Report of the Indian Hemp Drugs Commission, 1894-1895 - Volume V
Year: 1894
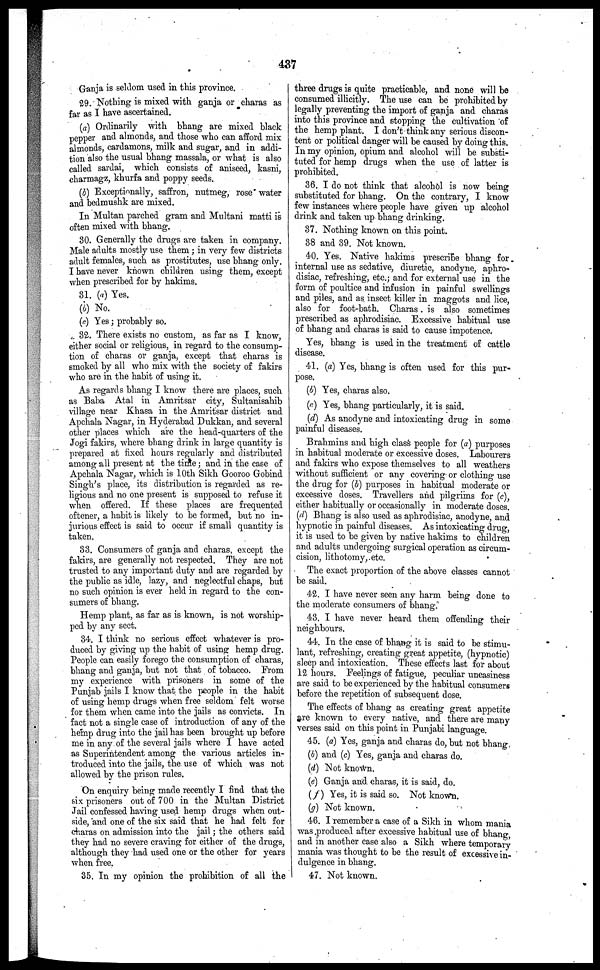
437
Ganja is seldom used in this province.
29. Nothing is mixed with ganja or charas as
far as I have ascertained.
(a) Ordinarily with bhang are mixed black
pepper and almonds, and those who can afford mix
almonds, cardamons, milk and sugar, and in addi-
tion also the usual bhang massala, or what is also
called sardai, which consists of aniseed, kasni,
charmagz, khurfa and poppy seeds.
(b) Exceptionally, saffron, nutmeg, rose* water
and bedmushk are mixed.
In Multan parched gram and Multani matti is
often mixed with bhang.
30. Generally the drugs are taken in company.
Male adults mostly use them ; in very few districts
adult females, such as prostitutes, use bhang only.
I have never known children using them, except
when prescribed for by hakims.
31. (a) Yes.
(b) No.
(c) Yes; probably so.
32. There exists no custom, as far as I know,
either social or religious, in regard to the consump-
tion of charas or ganja, except that charas is
smoked by all who mix with the society of fakirs
who are in the habit of using it.
As regards bhang I know there are places, such
as Baba Atal in Amritsar city, Sultanisahib
village near Khasa in the Amritsar district and
Apchala Nagar, in Hyderabad Dukkan, and several
other places which are the head-quarters of the
Jogi fakirs, where bhang drink in large quantity is
prepared at fixed hours regularly and distributed
among all present at the time ; and in the case of
Apchala Nagar, which is 10th Sikh Gooroo Gobind
Singh's place, its distribution is regarded as re-
ligious and no one present is supposed to refuse it
when offered. If these places are frequented
oftener, a habit is likely to be formed, but no in-
jurious effect is said to occur if small quantity is
taken.
33. Consumers of ganja and charas, except the
fakirs, are generally not respected. They are not
trusted to any important duty and are regarded by
the public as idle, lazy, and neglectful chaps, but
no such opinion is ever held in regard to the con-
sumers of bhang.
Hemp plant, as far as is known, is not worship-
ped by any sect.
34. I think no serious effect whatever is pro-
duced by giving up the habit of using hemp drug.
People can easily forego the consumption of charas,
bhang and ganja, but not that of tobacco. From
my experience with prisoners in some of the
Punjab jails I know that the people in the habit
of using hemp drugs when free seldom felt worse
for them when came into the jails as convicts. In
fact not a single case of introduction of any of the
hemp drug into the jail has been brought up before
me in any of the several jails where I have acted
as Superintendent among the various articles in-
troduced into the jails, the use of which was not
allowed by the prison rules.
On enquiry being made recently I find that the
six prisoners out of 700 in the Multan District
Jail confessed having used hemp drugs when out-
side, and one of the six said that he had felt for
charas on admission into the jail ; the others said
they had no severe craving for either of the drugs,
although they had used one or the other for years
when free.
35. In my opinion the prohibition of all the
three drugs is quite practicable, and none will be
consumed illicitly. The use can be prohibited by
legally preventing the import of ganja ana charas
into this province and stopping the cultivation of
the hemp plant. I don't think any serious discon-
tent or political danger will be caused by doing this.
In my opinion, opium and alcohol will be substi-
tuted for hemp drugs when the use of latter is
prohibited.
36. I do not think that alcohol is now being
substituted for bhang. On the contrary, I know
few instances where people have given up alcohol
drink and taken up bhang drinking.
37. Nothing known on this point.
38 and 39. Not known.
40. Yes. Native hakims prescribe bhang for
internal use as sedative, diuretic, anodyne, aphro-
disiac, refreshing, etc.; and for external use in the
form of poultice and infusion in painful swellings
and piles, and as insect killer in maggots and lice,
also for foot-bath. Charas. is also sometimes
prescribed as aphrodisiac. Excessive habitual use
of bhang and charas is said to cause impotence.
Yes, bhang is used in the treatment of cattle
disease.
41. (a) Yes, bhang is often used for this pur-
pose.
(b) Yes, charas also.
(c) Yes, bhang particularly, it is said.
(d) As anodyne and intoxicating drug in some
painful diseases.
Brahmins and high class people for (a) purposes
in habitual moderate or excessive doses. Labourers
and fakirs who expose themselves to all weathers
without sufficient or any covering or clothing use
the drug for (b) purposes in habitual moderate or
excessive doses. Travellers and pilgrims for (c),
cither habitually or occasionally in moderate doses.
(d) Bhang is also used as aphrodisiac, anodyne, and
hypnotic in painful diseases. As intoxicating drug,
it is used to be given by native hakims to children
and adults undergoing surgical operation as circum-
cision, lithotomy, etc.
The exact proportion of the above classes cannot
be said.
42. I have never seen any harm being done to
the moderate consumers of bhang.
43. I have never heard them offending their
neighbours.
44. In the case of bhang it is said to be stimu-
lant, refreshing, creating great appetite, (hypnotic)
sleep and intoxication. These effects last for about
12 hours. Feelings of fatigue, peculiar uneasiness
are said to be experienced by the habitual consumers
before the repetition of subsequent dose.
The effects of bhang as creating great appetite
are known to every native, and there are many
verses said on this point in Punjabi language.
45. (a) Yes, ganja and charas do, but not bhang
(b) and (c) Yes, ganja and charas do.
(d) Not known.
(e) Ganja and charas, it is said, do.
(f) Yes, it is said so. Not known.
(g) Not known,
46. I remember a case of a Sikh in whom mania
was produced after excessive habitual use of bhang,
and in another case also a Sikh where temporary
mania was thought to be the result of excessive in-
dulgence in bhang.
47. Not known.